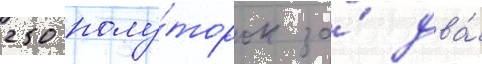
250 полу́торок за́ два́